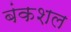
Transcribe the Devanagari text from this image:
बंकशल